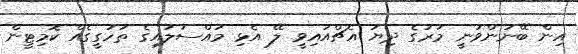
އިން ބޭނުންވަނީ މަރުގެ ދިޔަ އެޗްއައިވީ ލޭ އެޅި މައްސަލައިގެ ތަހުގީގެއް ކޮމިޓީން